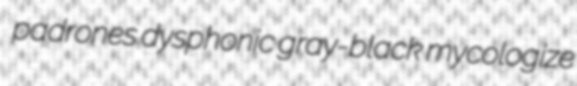
padrones dysphonic gray-black mycologize